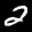
Label: 2